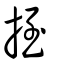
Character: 挃